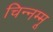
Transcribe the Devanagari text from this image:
चिन्‍नम्‍मू